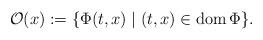
LaTeX: \begin{align*}\mathcal{O}(x) := \{\Phi(t,x) \mid (t, x) \in \mathrm{dom}\, \Phi\}.\end{align*}